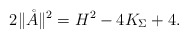
\begin{align*}2\| \mathring{A} \|^2 = H^2 - 4 K_\Sigma + 4.\end{align*}